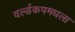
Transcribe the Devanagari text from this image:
वर्ल्डकपमधला